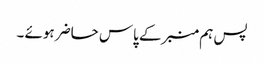
پس ہم منبرکے پاس حاضر ہوئے ۔